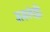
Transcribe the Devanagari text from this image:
असलेल्ली